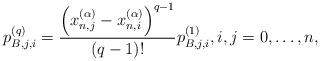
LaTeX: \begin{align*}p_{B,j,i}^{(q)} = \frac{{{{\left(x_{n,j}^{(\alpha )} - x_{n,i}^{(\alpha )}\right)}^{q - 1}}}}{{(q - 1)!}}p_{B,j,i}^{(1)},i,j = 0, \ldots ,n,\end{align*}